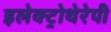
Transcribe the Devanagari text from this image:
इलेक्ट्रोथेरेपी